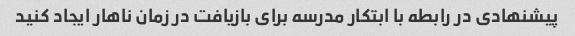
پیشنهادی در رابطه با ابتکار مدرسه برای بازیافت در زمان ناهار ایجاد کنید